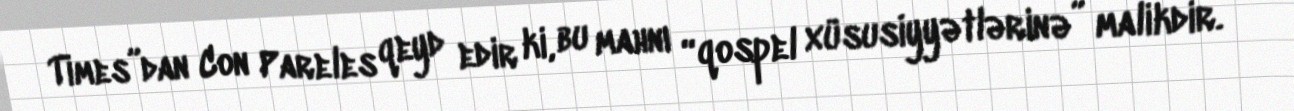
Times”dan Con Pareles qeyd edir ki, bu mahnı “qospel xüsusiyyətlərinə” malikdir.